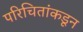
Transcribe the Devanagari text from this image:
परिचितांकडून